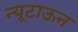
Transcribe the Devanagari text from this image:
न्यूटाऊन